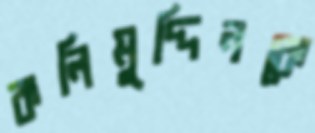
কলিমুদ্দিনকে